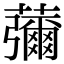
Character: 䕳